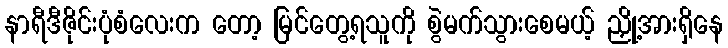
နာရီဒီဇိုင်းပုံစံလေးက တော့ မြင်တွေ့ရသူကို စွဲမက်သွားစေမယ့် ညှို့အားရှိနေ